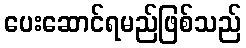
ပေးဆောင်ရမည်ဖြစ်သည်